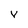
Character: v